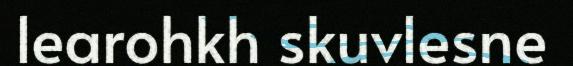
learohkh skuvlesne